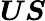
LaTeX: {\boldsymbol{U}}{\boldsymbol{S}}